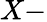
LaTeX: X-